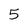
Character: 5